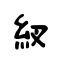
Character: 紁